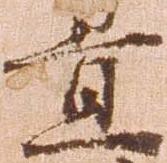
置